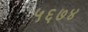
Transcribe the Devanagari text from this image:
५६७४